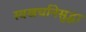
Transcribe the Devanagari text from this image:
स्वखर्चानेसुद्धा